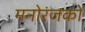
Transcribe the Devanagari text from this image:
मनोरंजकों